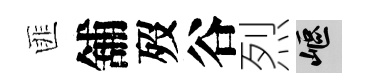
匪舖歿谷烈嶇